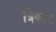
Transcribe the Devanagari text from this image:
त्रिकोंण